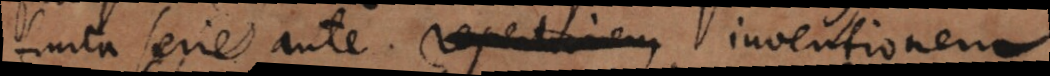
finita serie ante repertionem inventionem